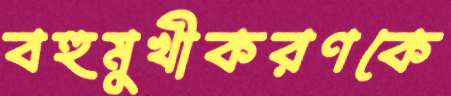
বহুমুখীকরণকে